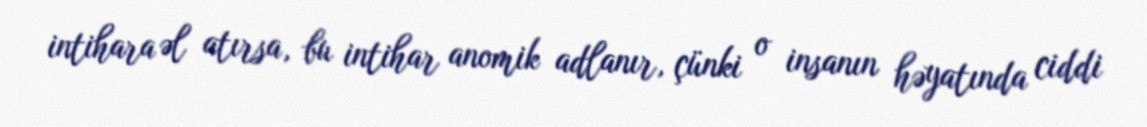
intihara əl atırsa, bu intihar anomik adlanır, çünki o insanın həyatında ciddi